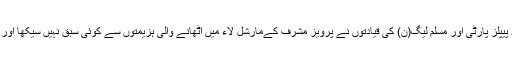
ان کی خوش قسمتی اور پاکستان کی بدقسمتی تھی کہ پیپلز پارٹی اور مسلم لیگ(ن) کی قیادتوں نے پرویز مشرف کےمارشل لاء میں اٹھانے والی ہزیمتوں سے کوئی سبق نہیں سیکھا اور پہلے سے زیادہ آمرانہ سوچ کا مظاہرہ کرتے رہے۔